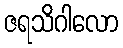
ဇရသိဂါလော